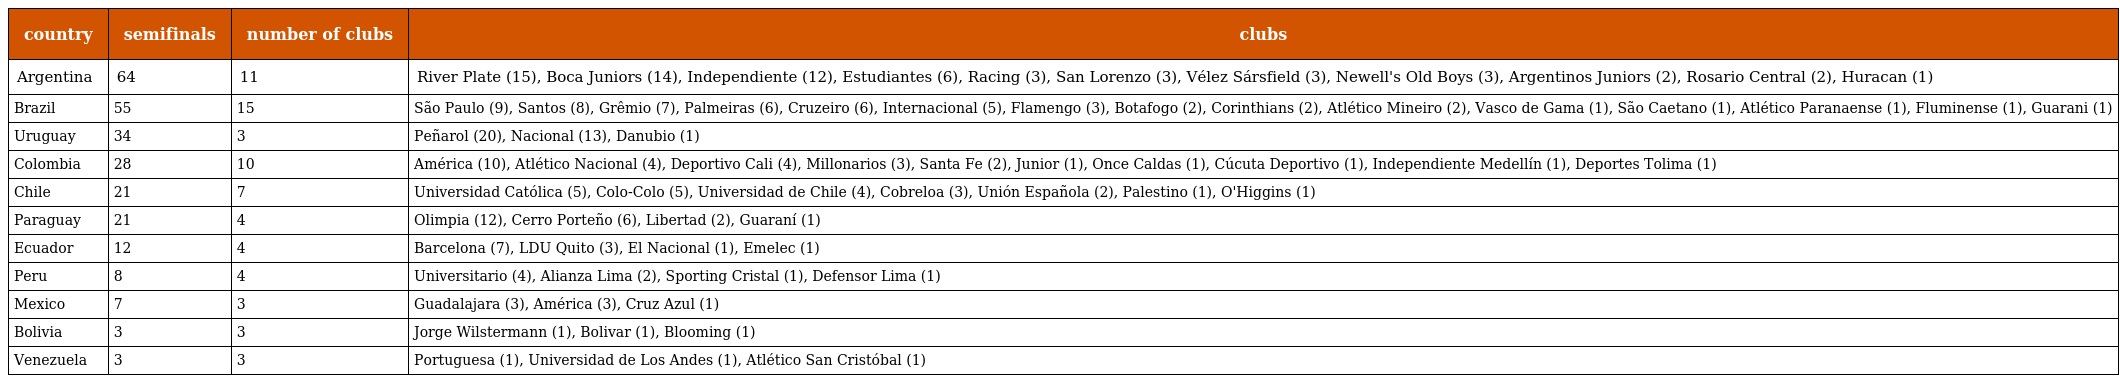
| country | semifinals | number of clubs | clubs |
 | --- | --- | --- | --- |
 | Argentina | 64 | 11 | River Plate (15), Boca Juniors (14), Independiente (12), Estudiantes (6), Racing (3), San Lorenzo (3), Vélez Sársfield (3), Newell's Old Boys (3), Argentinos Juniors (2), Rosario Central (2), Huracan (1) |
 | Brazil | 55 | 15 | São Paulo (9), Santos (8), Grêmio (7), Palmeiras (6), Cruzeiro (6), Internacional (5), Flamengo (3), Botafogo (2), Corinthians (2), Atlético Mineiro (2), Vasco de Gama (1), São Caetano (1), Atlético Paranaense (1), Fluminense (1), Guarani (1) |
 | Uruguay | 34 | 3 | Peñarol (20), Nacional (13), Danubio (1) |
 | Colombia | 28 | 10 | América (10), Atlético Nacional (4), Deportivo Cali (4), Millonarios (3), Santa Fe (2), Junior (1), Once Caldas (1), Cúcuta Deportivo (1), Independiente Medellín (1), Deportes Tolima (1) |
 | Chile | 21 | 7 | Universidad Católica (5), Colo-Colo (5), Universidad de Chile (4), Cobreloa (3), Unión Española (2), Palestino (1), O'Higgins (1) |
 | Paraguay | 21 | 4 | Olimpia (12), Cerro Porteño (6), Libertad (2), Guaraní (1) |
 | Ecuador | 12 | 4 | Barcelona (7), LDU Quito (3), El Nacional (1), Emelec (1) |
 | Peru | 8 | 4 | Universitario (4), Alianza Lima (2), Sporting Cristal (1), Defensor Lima (1) |
 | Mexico | 7 | 3 | Guadalajara (3), América (3), Cruz Azul (1) |
 | Bolivia | 3 | 3 | Jorge Wilstermann (1), Bolivar (1), Blooming (1) |
 | Venezuela | 3 | 3 | Portuguesa (1), Universidad de Los Andes (1), Atlético San Cristóbal (1) |